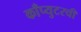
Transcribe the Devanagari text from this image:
काँप्युटरची